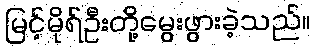
မြင့်မိုရ်ဦးတို့မွေးဖွားခဲ့သည်။